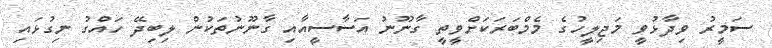
ސަމީރު ވިދާޅުވީ މަޖިލީހުގެ މެމްބަރަކަށްވީތީ ގާނޫނު އަސާސީއާއި ގާނޫނުތަކުން ލިބިދޭ ހައްގު ނިގުޅައި